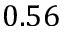
0 . 5 6